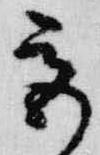
宮